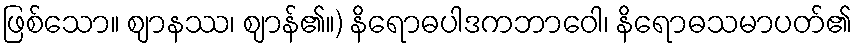
ဖြစ်သော။ ဈာနဿ၊ ဈာန်၏။) နိရောဓပါဒကဘာဝေါ၊ နိရောဓသမာပတ်၏